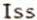
ISS